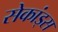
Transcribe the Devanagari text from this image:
सेकांड्स